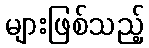
များဖြစ်သည့်